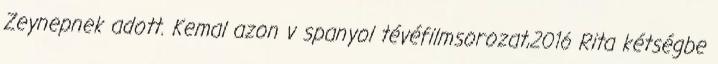
Zeynepnek adott. Kemal azon v spanyol tévéfilmsorozat,2016 Rita kétségbe